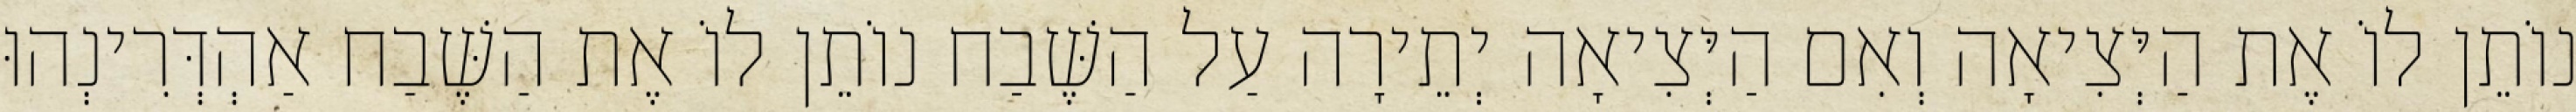
נוֹתֵן לוֹ אֶת הַיְּצִיאָה וְאִם הַיְּצִיאָה יְתֵירָה עַל הַשֶּׁבַח נוֹתֵן לוֹ אֶת הַשֶּׁבַח אַהְדְּרִינְהוּ